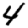
Digit: 4